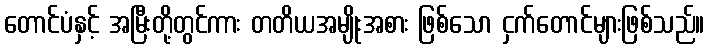
တောင်ပံနှင့် အမြီးတို့တွင်ကား တတိယအမျိုးအစား ဖြစ်သော ငှက်တောင်များဖြစ်သည်။